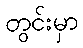
တွင်းမှာ